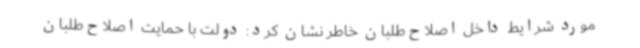
مورد شرایط داخل اصلاح‌طلبان خاطر نشان کرد: دولت با حمایت اصلاح‌طلبان